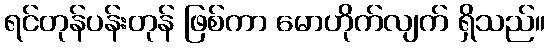
ရင်တုန်ပန်းတုန် ဖြစ်ကာ မောဟိုက်လျက် ရှိသည်။